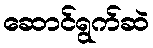
ဆောင်ရွက်ဆဲ